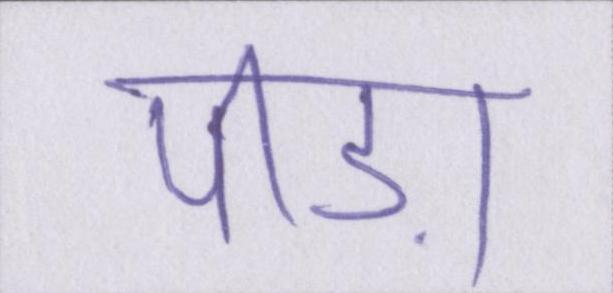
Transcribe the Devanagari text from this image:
पीड़ा